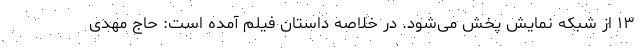
۱۳ از شبکه نمایش پخش می‌شود. در خلاصه داستان فیلم آمده است: حاج مهدی